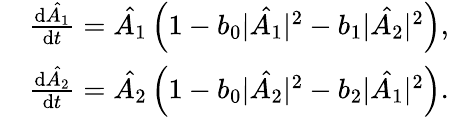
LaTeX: \begin{array}{rl}&{\frac{\mathrm{d}\hat{A_{1}}}{\mathrm{d}t}=\hat{A_{1}}\left(1-b_{0}|\hat{A_{1}}|^{2}-b_{1}|\hat{A_{2}}|^{2}\right),}\\ &{\frac{\mathrm{d}\hat{A_{2}}}{\mathrm{d}t}=\hat{A_{2}}\left(1-b_{0}|\hat{A_{2}}|^{2}-b_{2}|\hat{A_{1}}|^{2}\right).}\end{array}